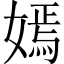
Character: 嫣